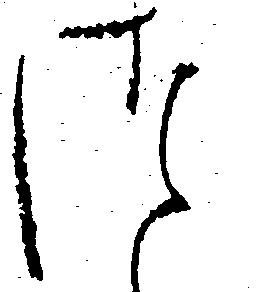
つ